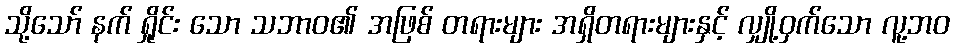
သို့သော် နက် ရှိုင်း သော သဘာဝ၏ အဖြစ် တရားများ အရှိတရားများနှင့် လျှို့ဝှက်သော လူ့ဘဝ